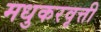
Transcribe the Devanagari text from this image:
मधुकरवृत्ती